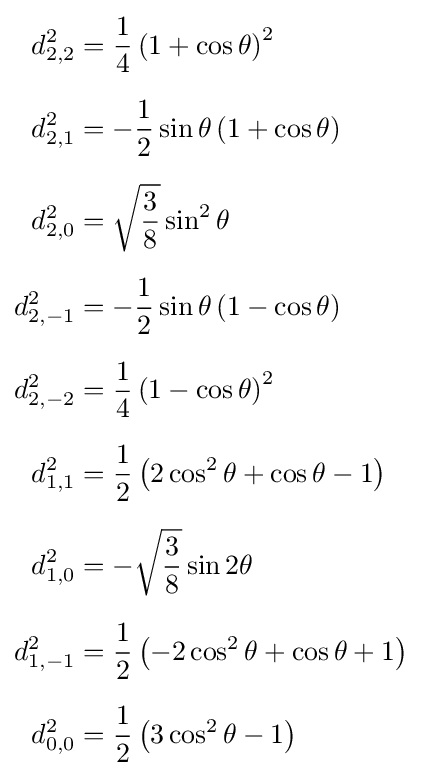
{\begin{aligned}d_{2,2}^{2}&={\frac {1}{4}}\left(1+\cos \theta \right)^{2}\\[6pt]d_{2,1}^{2}&=-{\frac {1}{2}}\sin \theta \left(1+\cos \theta \right)\\[6pt]d_{2,0}^{2}&={\sqrt {\frac {3}{8}}}\sin ^{2}\theta \\[6pt]d_{2,-1}^{2}&=-{\frac {1}{2}}\sin \theta \left(1-\cos \theta \right)\\[6pt]d_{2,-2}^{2}&={\frac {1}{4}}\left(1-\cos \theta \right)^{2}\\[6pt]d_{1,1}^{2}&={\frac {1}{2}}\left(2\cos ^{2}\theta +\cos \theta -1\right)\\[6pt]d_{1,0}^{2}&=-{\sqrt {\frac {3}{8}}}\sin 2\theta \\[6pt]d_{1,-1}^{2}&={\frac {1}{2}}\left(-2\cos ^{2}\theta +\cos \theta +1\right)\\[6pt]d_{0,0}^{2}&={\frac {1}{2}}\left(3\cos ^{2}\theta -1\right)\end{aligned}}